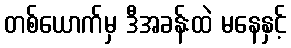
တစ်ယောက်မှ ဒီအခန်းထဲ မနေနှင့်